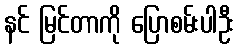
နင် မြင်တာကို ပြောစမ်းပါဦး